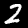
Label: 2